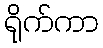
ရိုက်ကာ